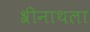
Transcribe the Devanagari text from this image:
श्रीनाथला